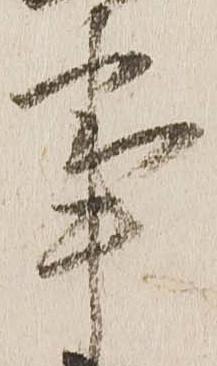
事